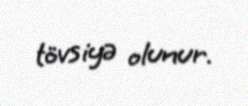
tövsiyə olunur.